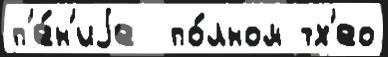
п'е́н'иjе  по́лном тх'ео